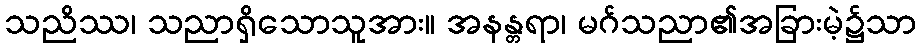
သညိဿ၊ သညာရှိသောသူအား။ အနန္တရာ၊ မဂ်သညာ၏အခြားမဲ့၌သာ